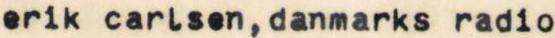
erik carlsen,danmarks radio